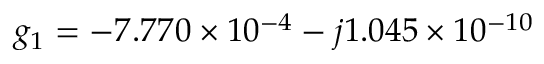
g _ { 1 } = - 7 . 7 7 0 \times 1 0 ^ { - 4 } - j 1 . 0 4 5 \times 1 0 ^ { - 1 0 }